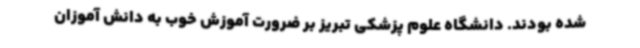
شده بودند. دانشگاه علوم پزشکی تبریز بر ضرورت آموزش خوب به دانش آموزان